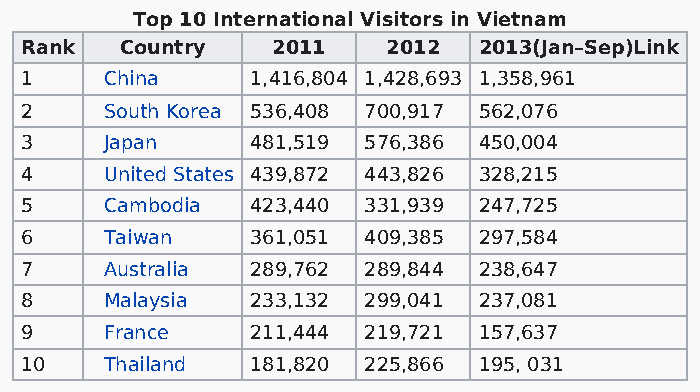
Top 10 International Visitors in Vietnam
 Rank   Country   2011    2012  2013(Jan–Sep)Link
 1     China     1,416,804 1,428,693 1,358,961
 2     South Korea 536,408 700,917 562,076
 3     Japan     481,519 576,386 450,004
 4     United States 439,872 443,826 328,215
 5     Cambodia  423,440 331,939 247,725
 6     Taiwan    361,051 409,385 297,584
 7     Australia 289,762 289,844 238,647
 8     Malaysia  233,132 299,041 237,081
 9     France    211,444 219,721 157,637
 10    Thailand  181,820 225,866 195, 031